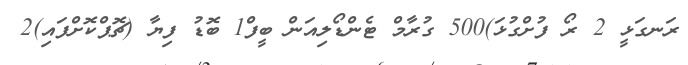
ރަނގަޅީ 2 ރޯ ފުށްގުޅަ)500 ގުރާމް ޓެންޑޯލިއަން ބީފް1 ބޮޑު ފިޔާ (ޗޮޕްކޮށްފައި)2